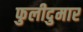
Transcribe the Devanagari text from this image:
फुलीदुमार